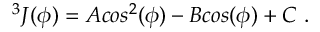
^ 3 J ( \phi ) = A c o s ^ { 2 } ( \phi ) - B c o s ( \phi ) + C ~ .